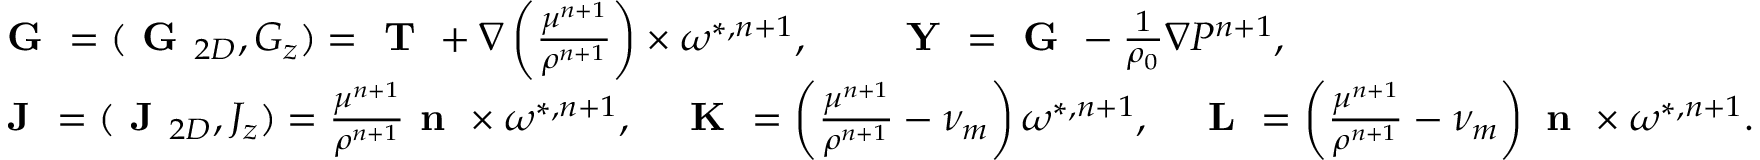
\begin{array} { r l } & { \textbf { G } = ( \textbf { G } _ { 2 D } , G _ { z } ) = \textbf { T } + \nabla \left( \frac { \mu ^ { n + 1 } } { \rho ^ { n + 1 } } \right) \times \boldsymbol { \omega } ^ { * , n + 1 } , \qquad \textbf { Y } = \textbf { G } - \frac { 1 } { \rho _ { 0 } } \nabla P ^ { n + 1 } , } \\ & { \textbf { J } = ( \textbf { J } _ { 2 D } , J _ { z } ) = \frac { \mu ^ { n + 1 } } { \rho ^ { n + 1 } } \textbf { n } \times \boldsymbol { \omega } ^ { * , n + 1 } , \quad \textbf { K } = \left( \frac { \mu ^ { n + 1 } } { \rho ^ { n + 1 } } - \nu _ { m } \right) \boldsymbol { \omega } ^ { * , n + 1 } , \quad \textbf { L } = \left( \frac { \mu ^ { n + 1 } } { \rho ^ { n + 1 } } - \nu _ { m } \right) \textbf { n } \times \boldsymbol { \omega } ^ { * , n + 1 } . } \end{array}